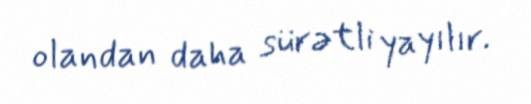
olandan daha sürətli yayılır.